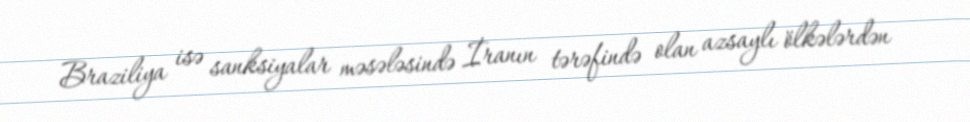
Braziliya isə sanksiyalar məsələsində İranın tərəfində olan azsaylı ölkələrdən